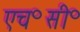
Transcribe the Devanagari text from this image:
एच॰सी॰